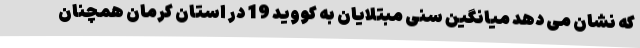
که نشان می دهد میانگین سنی مبتلایان به کووید 19 در استان کرمان همچنان